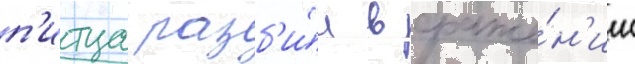
п'итца разб'и́л в сраже́н'ии